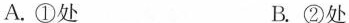
A. ①处 B .②处